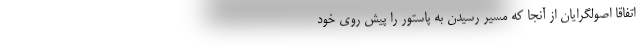
اتفاقا اصولگرایان از آنجا که مسیر رسیدن به پاستور را پیش ‌روی خود